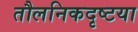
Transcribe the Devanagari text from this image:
तौलनिकदृष्टया